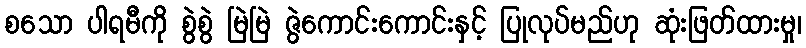
စသော ပါရမီကို စွဲစွဲ မြဲမြဲ ဇွဲကောင်းကောင်းနှင့် ပြုလုပ်မည်ဟု ဆုံးဖြတ်ထားမှု၊